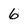
Character: 6